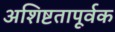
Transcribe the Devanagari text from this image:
अशिष्टतापूर्वक